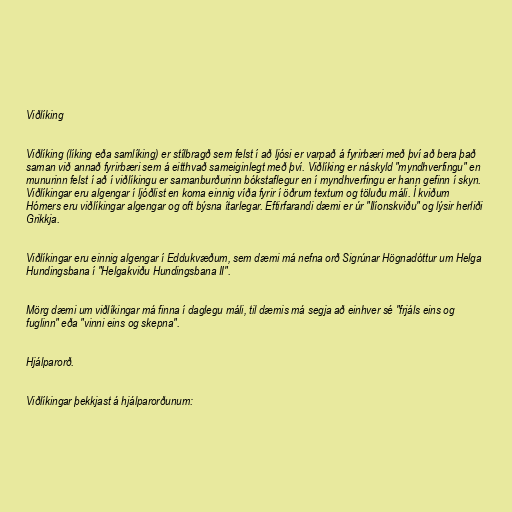
Viðlíking

Viðlíking (líking eða samlíking) er stílbragð sem felst í að ljósi er varpað á fyrirbæri með því að bera það
saman við annað fyrirbæri sem á eitthvað sameiginlegt með því. Viðlíking er náskyld "myndhverfingu" en
munurinn felst í að í viðlíkingu er samanburðurinn bókstaflegur en í myndhverfingu er hann gefinn í skyn.
Viðlíkingar eru algengar í ljóðlist en koma einnig víða fyrir í öðrum textum og töluðu máli. Í kviðum
Hómers eru viðlíkingar algengar og oft býsna ítarlegar. Eftirfarandi dæmi er úr "Ilíonskviðu" og lýsir herliði
Grikkja.

Viðlíkingar eru einnig algengar í Eddukvæðum, sem dæmi má nefna orð Sigrúnar Högnadóttur um Helga
Hundingsbana í "Helgakviðu Hundingsbana II".

Mörg dæmi um viðlíkingar má finna í daglegu máli, til dæmis má segja að einhver sé "frjáls eins og
fuglinn" eða "vinni eins og skepna".

Hjálparorð.

Viðlíkingar þekkjast á hjálparorðunum: